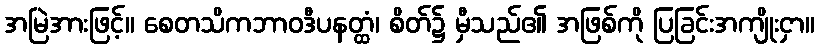
အမြဲအားဖြင့်။ စေတသိကဘာဝဒီပနတ္ထံ၊ စိတ်၌ မှီသည်၏ အဖြစ်ကို ပြခြင်းအကျိုးငှာ။